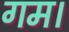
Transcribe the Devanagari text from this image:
गम।